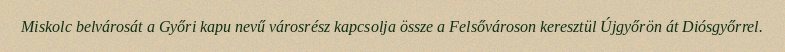
Miskolc belvárosát a Győri kapu nevű városrész kapcsolja össze a Felsővároson keresztül Újgyőrön át Diósgyőrrel.